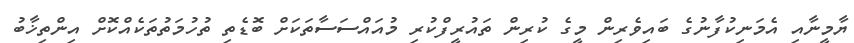
ޔާމީނާއި އެމަނިކުފާނުގެ ބައިވެރިން މީގެ ކުރިން ތައުރީފްކުރި މުއައްސަސާތަކަށް ބޮޑެތި ތުހުމަތުތަކެއްކޮށް އިންތިޚާބު